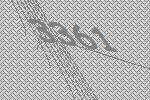
3361